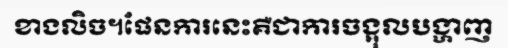
ខាងលិច។ផែនការនេះគឺជាការចង្អុលបង្ហាញ